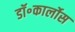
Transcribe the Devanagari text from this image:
डॉ॰कार्लोस